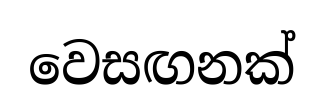
වෙසඟනක්